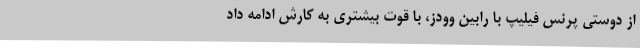
از دوستی پرنس فیلیپ با رابین وودز، با قوت بیشتری به کارش ادامه داد